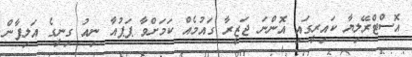
އޮސްޓްރޭލިޔާ ކައިރީގައި އޮންނަ ޖަޒީރާ ގައުމެއް ކަމަށްވާ ޕަޕުއާ ނިއު ގިނީގެ އަލިފާން